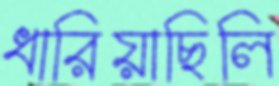
ধারিয়াছিলি